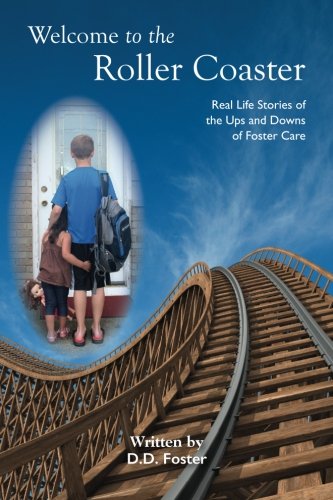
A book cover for Welcome to the Rollercoaster; D. D. Foster; Parenting & Relationships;